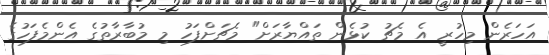
އަހަރެން މިހުރީ އެ މެޗު ކުޅެން ތައްޔާރަށް" މެޗަށްފަހު މި މުބާރާތުގެ އެންމެފަހުގެ